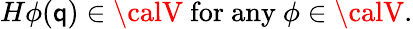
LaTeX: H\phi(\mathsf{q})\in{\calV}\mathrm{{~for~any~}}\phi\in{\calV}.